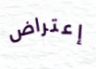
إعتراض